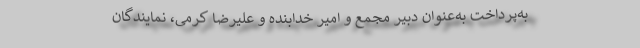
به‌پرداخت به‌عنوان دبیر مجمع و امیر خدابنده و علیرضا کرمی، نمایندگان